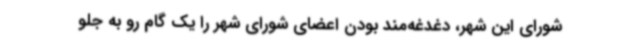
شورای این شهر، دغدغه‌مند بودن اعضای شورای شهر را یک گام رو به جلو